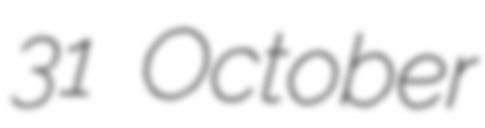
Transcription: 31 October